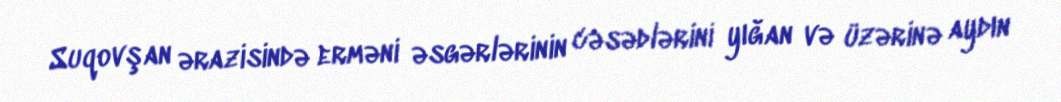
Suqovşan ərazisində erməni əsgərlərinin cəsədlərini yığan və üzərinə aydın